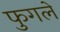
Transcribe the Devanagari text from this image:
फुगले